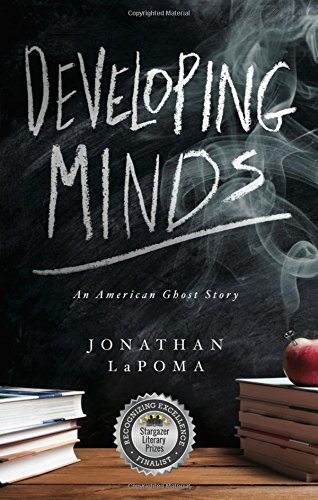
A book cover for Developing Minds: An American Ghost Story; Jonathan LaPoma; Literature & Fiction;